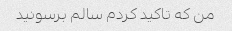
من که تاکید کردم سالم برسونید